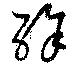
酴